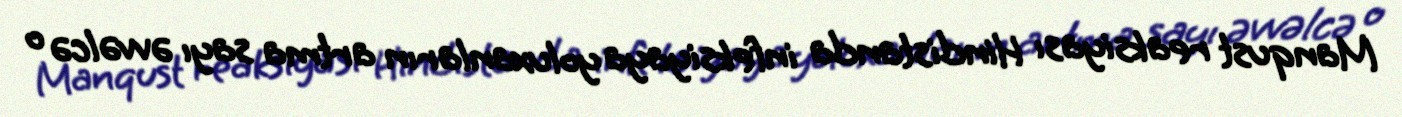
Manqust reaksiyası Hindistanda infeksiyaya yoluxanların artma sayı əvvəlcə o